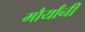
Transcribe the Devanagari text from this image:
मौर्यांनी